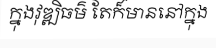
ក្នុងវុឌ្ឍិធម៌ តែក៏មាននៅក្នុង